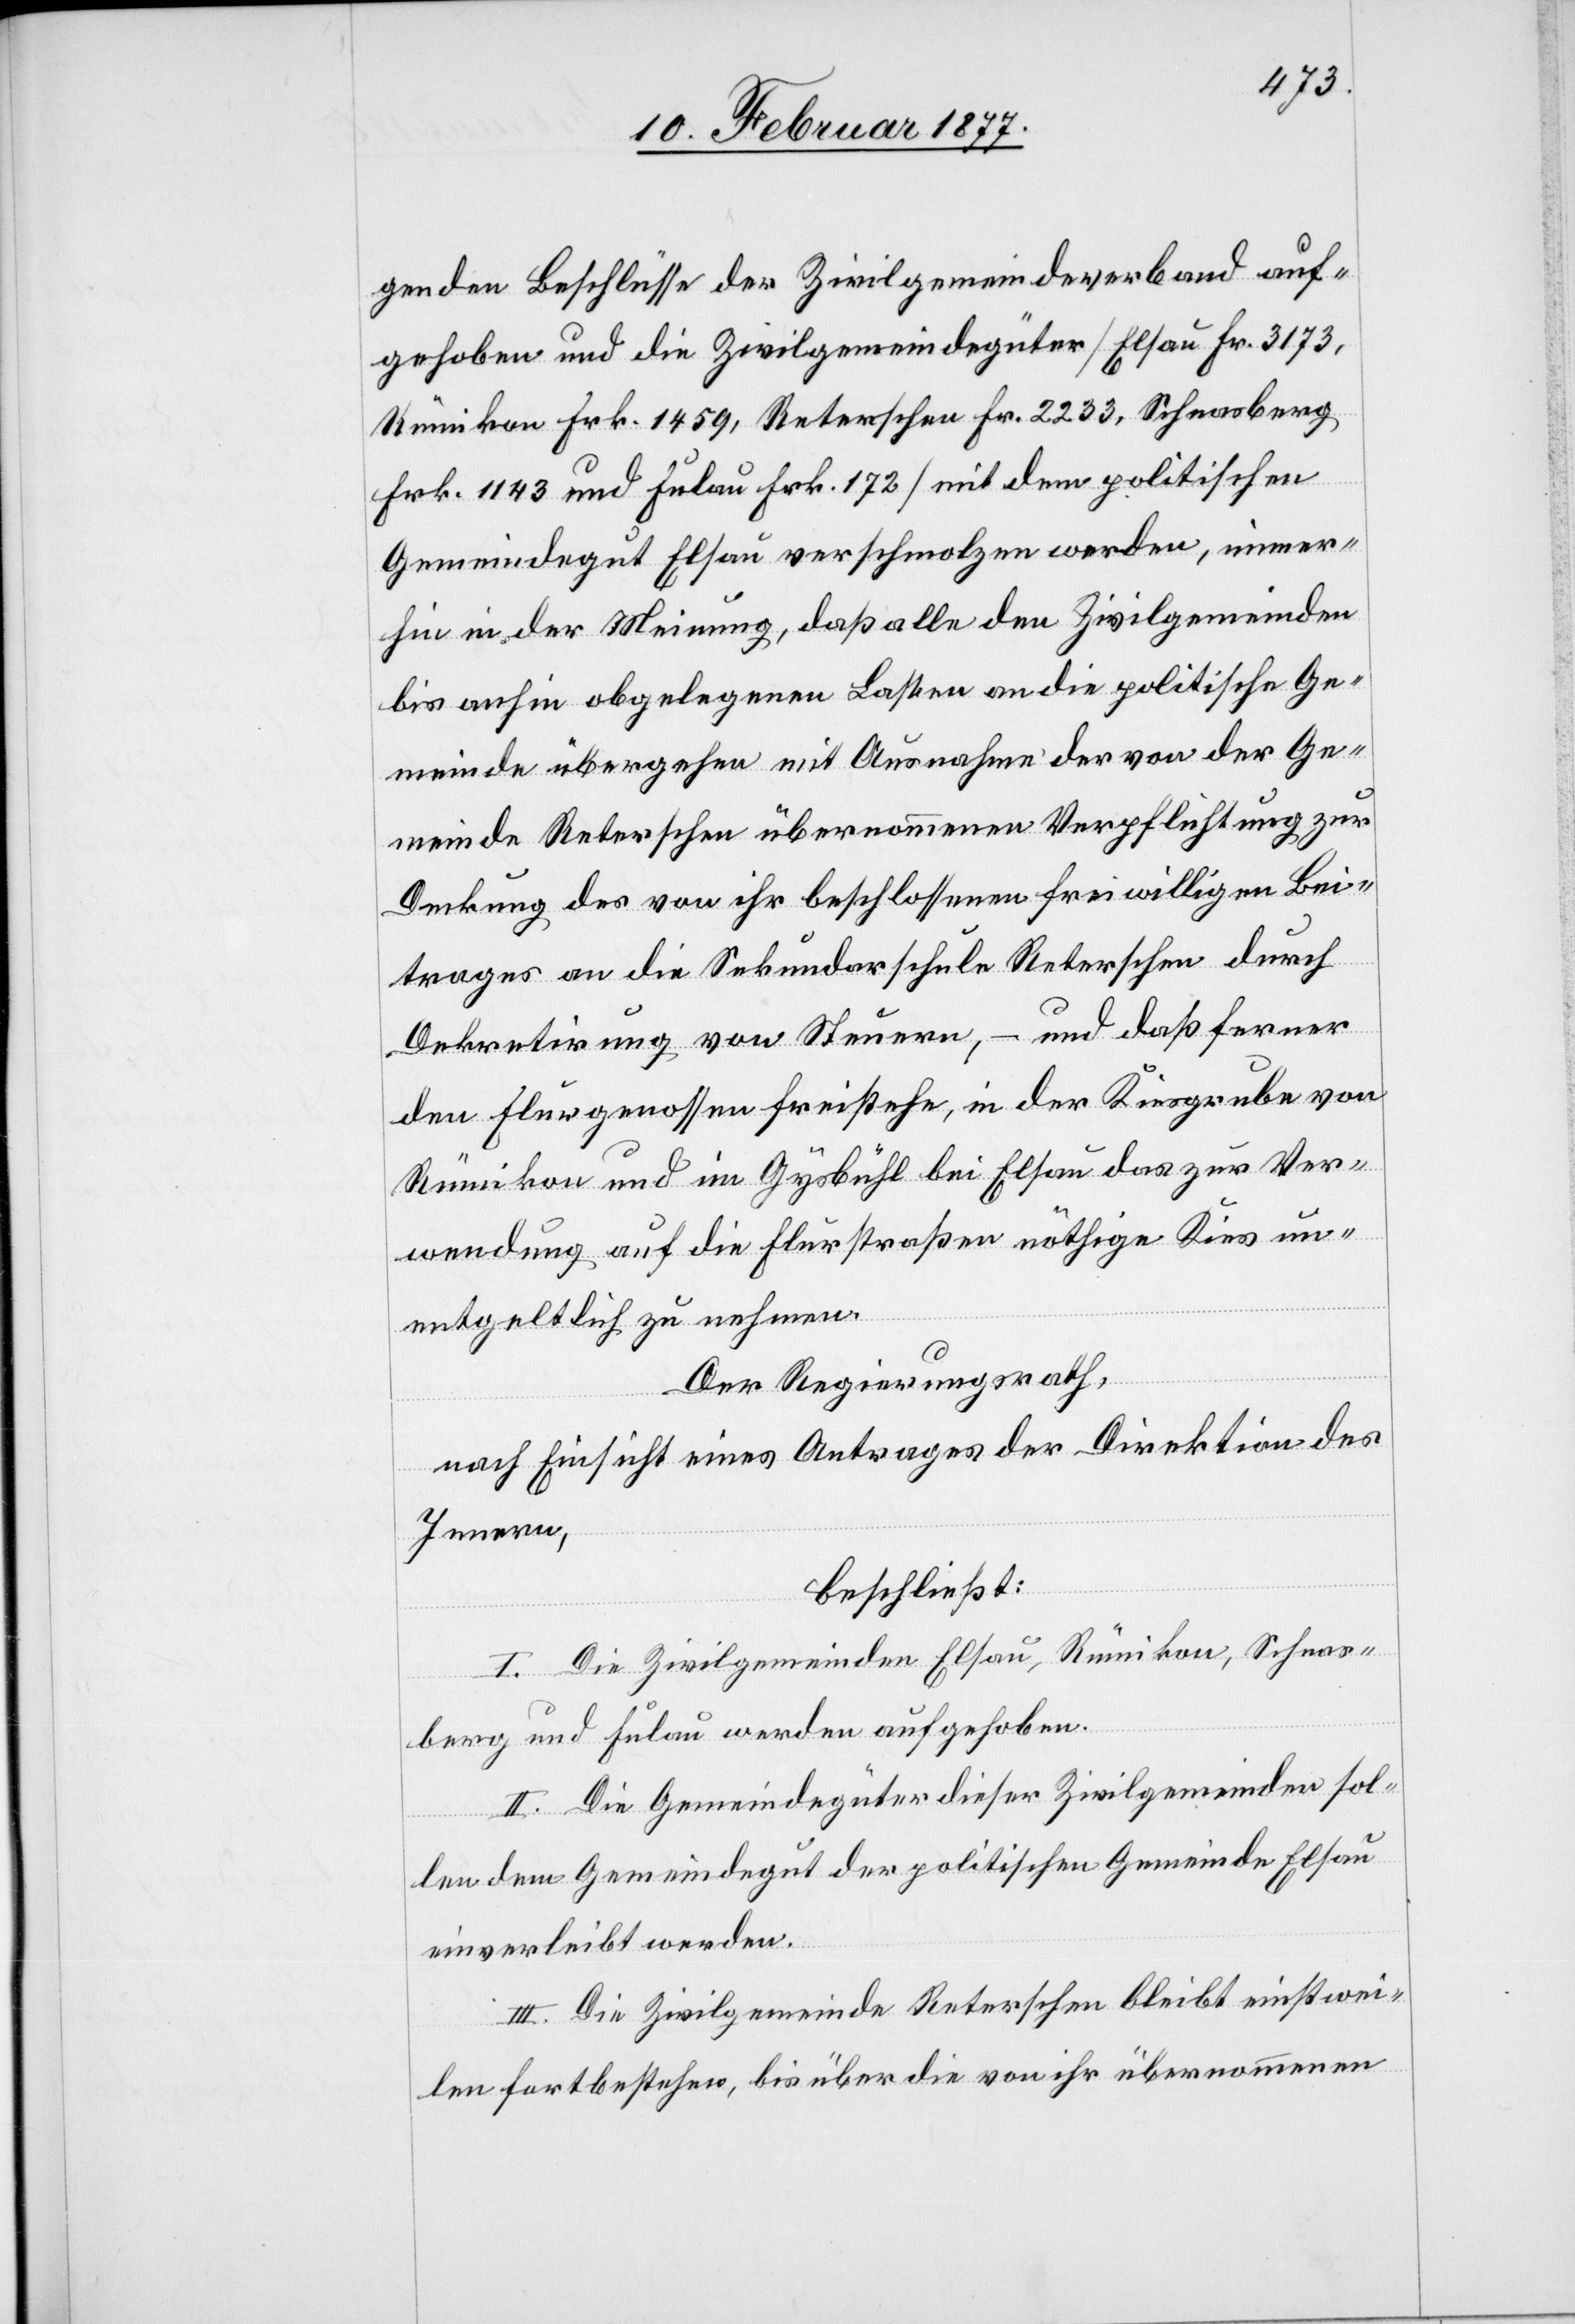
genden Beschlüsse der Zivilgemeindeverband auf¬
gehoben und die Zivilgemeindegüter [Elsau Fr. 3173,
Rümikon Frk. 1459, Reterschen Fr. 2233, Schnasberg
Frk. 1143 und Fulau Frk. 172] mit dem politischen
Gemeindegut Elsau verschmolzen werden, immer¬
hin in der Meinung, daß alle den Zivilgemeinden
bis anhin obgelegenen Lasten an die politische Ge¬
meinde übergehen mit Ausnahme der von der Ge¬
meinde Reterschen übernommenen Verpflichtung zur
Deckung des von ihr beschlossenen freiwilligen Bei¬
trages an die Sekundarschule Reterschen durch
Dekretirung von Steuern, – und daß ferner
den Flurgenossen freistehe, in der Kiesgrube von
Rümikon und im Gysbühl bei Elsau das zur Ver¬
wendung auf die Flurstraßen nöthige Kies un¬
entgeltlich zu nehmen.
Der Regierungsrath,
nach Einsicht eines Antrages der Direktion des
Innern,
beschließt:
I. Die Zivilgemeinden Elsau, Rümikon, Schnas¬
berg und Fulau werden aufgehoben.
II. Die Gemeindegüter dieser Zivilgemeinden sol¬
len dem Gemeindegut der politischen Gemeinde Elsau
einverleibt werden.
III. Die Zivilgemeinde Reterschen bleibt einstwei¬
len fortbestehen, bis über die von ihr übernommenen